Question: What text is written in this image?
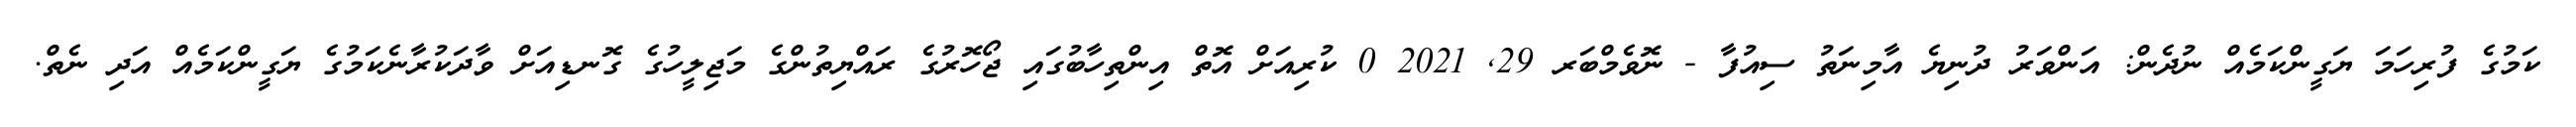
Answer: ކަމުގެ ފުރިހަމަ ޔަގީންކަމެއް ނުދެން: އަންވަރު ދުނިޔެ އާމިނަތު ސިއުފާ - ނޮވެމްބަރ 29, 2021 0 ކުރިއަށް އޮތް އިންތިހާބުގައި ޖޯހޮރުގެ ރައްޔިތުންގެ މަޖިލީހުގެ ގޮނޑިއަށް ވާދަކުރާނެކަމުގެ ޔަގީންކަމެއް އަދި ނެތް.